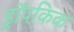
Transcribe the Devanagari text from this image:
ड्रॉपकिक